Mental hospitals Bombay report 1921-28 - 1921-1928
Year: 1921
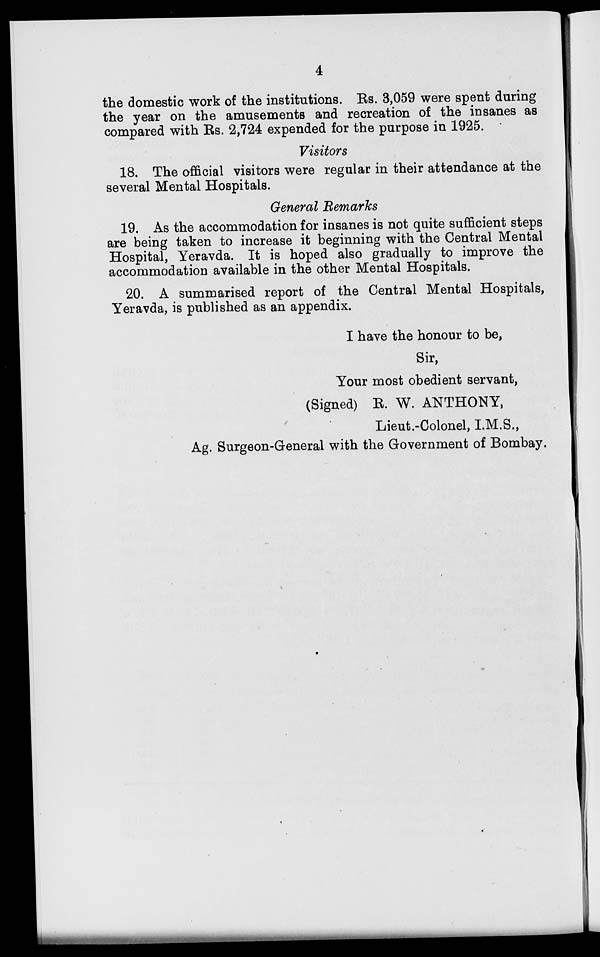
4
the domestic work of the institutions. Rs. 3,059 were spent during
the year on the amusements and recreation of the insanes as
compared with Rs. 2,724 expended for the purpose in 1925.
Visitors
18. The official visitors were regular in their attendance at the
several Mental Hospitals.
General Remarks
19. As the accommodation for insanes is not quite sufficient steps
are being taken to increase it beginning with the Central Mental
Hospital, Yeravda. It is hoped also gradually to improve the
accommodation available in the other Mental Hospitals.
20. A summarised report of the Central Mental Hospitals,
Yeravda, is published as an appendix.
I have the honour to be,
Sir,
Your most obedient servant,
(Signed) R. W. ANTHONY,
Lieut.-Colonel, I.M.S.,
Ag. Surgeon-General with the Government of Bombay.